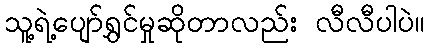
သူ့ရဲ့ပျော်ရွှင်မှုဆိုတာလည်း လီလီပါပဲ။